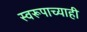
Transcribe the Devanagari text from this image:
स्वरूपाच्याही